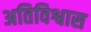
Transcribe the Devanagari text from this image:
अतिविश्वास